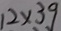
1 2 \times 3 9